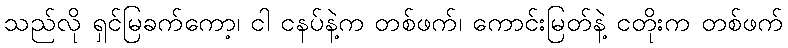
သည်လို ရှင်မြခက်ကော့၊ ငါ ငနပ်နဲ့က တစ်ဖက်၊ ကောင်းမြတ်နဲ့ ငတိုးက တစ်ဖက်